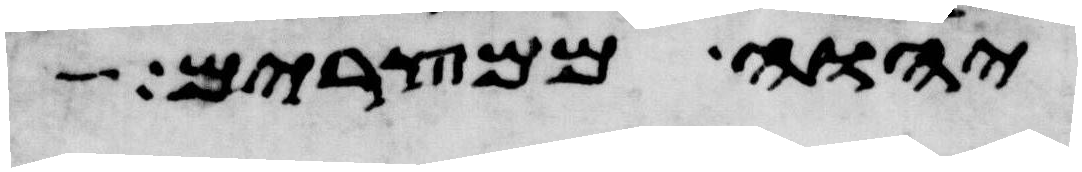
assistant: יהוה ממצרים